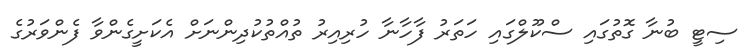
ސިޓީ ބުނާ ގޮތުގައި ސްކޫލްގައި ހަތަރު ފާހާނާ ހުރިއިރު ތުއްތުކުދިންނަށް އެކަށީގެންވާ ފެންވަރުގެ